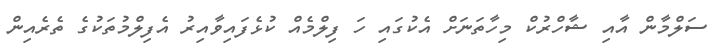
ސަލްމާން އާއި ޝާހްރުކް މިހާތަނަށް އެކުގައި ހަ ފިލްމެއް ކުޅެފައިވާއިރު އެފިލްމުތަކުގެ ތެރެއިން